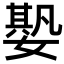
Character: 𡠧